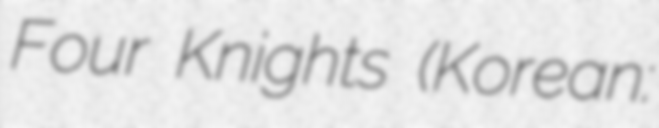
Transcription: Four Knights (Korean: